Document type: Grant
Year: 1403
Scribe: Berenguer Pedrosell
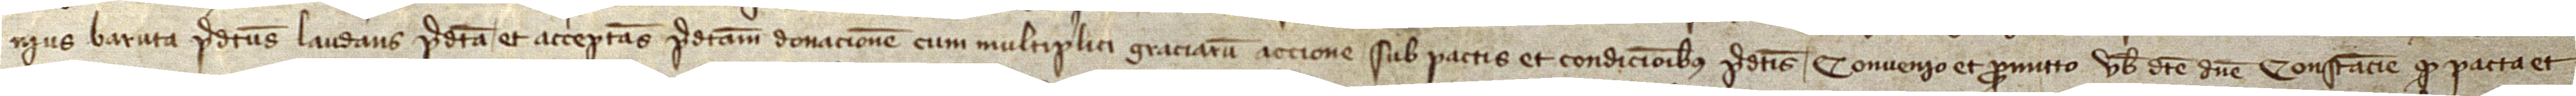
nius Baruta predictus, laudans predicta et acceptans predictam donacionem cum multiplici graciarum accione sub pactis et condicionibus predictis, convenio et promitto vobis  dicte domine Constancie quod pacta et